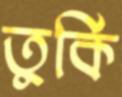
তুর্কি